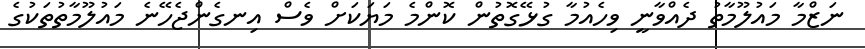
ނަޒްމާ މައުލޫމާތު ދެއްވާނީ ވިހެއުމާ ގުޅޭގޮތުން ކޮންމެ މަޔަކަށް ވެސް އިނގެންޖެހޭނެ މައުލޫމާތުތަކުގެ